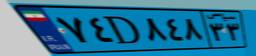
۷۴D۸۴۸۳۳